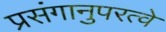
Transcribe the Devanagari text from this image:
प्रसंगानुपरत्वे